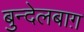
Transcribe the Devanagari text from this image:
बुन्देलबाग़